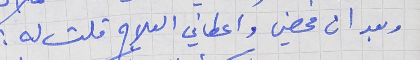
وبعد ان فحصني واعطاني العلاج قلت له :